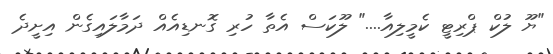
"ޔޫ ލުކް ޕްރިޓީ ކެމީލިއާ...." ލޫކަސް އެތާ ހުރި ގޮނޑިއެއް ދަމާލައިގެން އިށީދެ